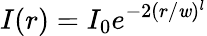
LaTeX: I(r)=I_{0}e^{-2(r/\mathit{w})^{l}}